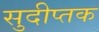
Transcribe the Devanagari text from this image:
सुदीप्तक